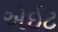
એઈટ